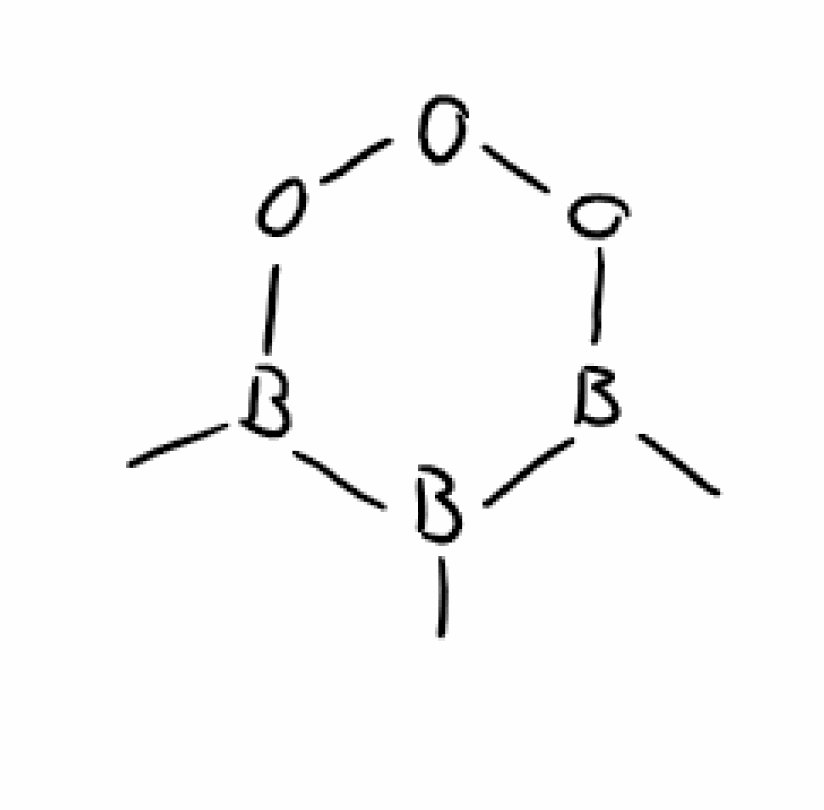
Simplified molecular-input line-entry system (SMILES) notation of the given molecule:
B1(B(OOOB1C)C)C